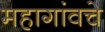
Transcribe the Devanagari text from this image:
महागांवचे